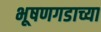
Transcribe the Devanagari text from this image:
भूषणगडाच्या